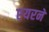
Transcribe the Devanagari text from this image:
एयरने